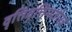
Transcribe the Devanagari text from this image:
वृत्तिवृत्तिमतोरत्र